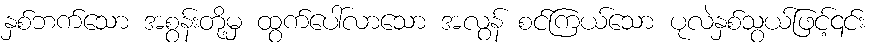
နှစ်ဘက်သော အစွန်းတို့မှ ထွက်ပေါ်လာသော အလွန် စင်ကြယ်သော ပုလဲနှစ်သွယ်ဖြင့်၎င်း